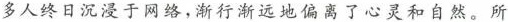
多人终日沉浸于网络，渐行渐远地偏离了心灵和自然。所